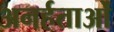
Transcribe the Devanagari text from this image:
अनर्हताओं